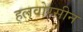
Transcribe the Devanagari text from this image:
हलवोरसीन